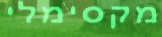
מקסימלי